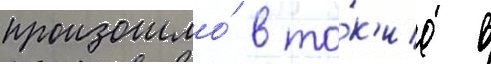
произошло́ в то́к'ио в